system: You are a helpful assistant.
user:
Analyze the provided spectrum to determine if it is a **"Cataclysmic Variables (CV)"**.

- **Key Indicators for CV (Check for either state):**
    - **State 1: Quiescent / Low-State (Emission-Dominated)**
        - **(Primary):** Strong and *very broad* Hydrogen Balmer emission lines (e.g., $H\alpha$ at 6563 Å, $H\beta$ at 4861 Å). The 'broadness' (high velocity dispersion, often FWHM > 1000 km/s) is the key diagnostic, indicating a high-velocity accretion disk.
        - **(Secondary):** Broad neutral Helium (He I) emission lines (e.g., 5876 Å, 6678 Å).
        - **(Key Confirmation):** Presence of high-excitation *ionized* Helium (He II) emission at 4686 Å. This is a strong indicator of accretion onto a white dwarf.
        - **(Line Profile):** Emission lines may exhibit a 'double-peaked' profile, which is a classic signature of a rotating accretion disk viewed at high inclination.

    - **State 2: Outburst / High-State (Absorption-Dominated)**
        - **(Primary):** Spectrum is dominated by a bright, blue continuum (looks like a hot star).
        - **(Secondary):** The emission lines from State 1 are weak, absent, or 'filled in', and are replaced by broad, shallow *absorption* lines (primarily Balmer and He I).
        - **(Morphology):** The overall spectrum mimics a hot B/A-type star. The crucial difference is that the absorption lines are significantly broader, shallower, and more 'washed-out' (or 'smeared') than the sharp lines of a normal stellar photosphere, due to high rotational speeds and pressure broadening in the disk.

Think first, call **spectral_visualization_tool** if needed to examine features in detail, then provide your final answer. Your response must adhere to the following strict rules:
1.  **Overall Structure:** Your response must follow the format `<think>...</think> <tool_call>...</tool_call> (if a tool is used) <answer>...</answer>`.
2.  **Tool Usage Constraint:** You may only make **one** tool call per turn.
3.  **Final Answer Format:** In the `<answer>` tag, your conclusion must be inside a `\boxed{}` command (e.g., `\boxed{YES}`), followed by your justification.

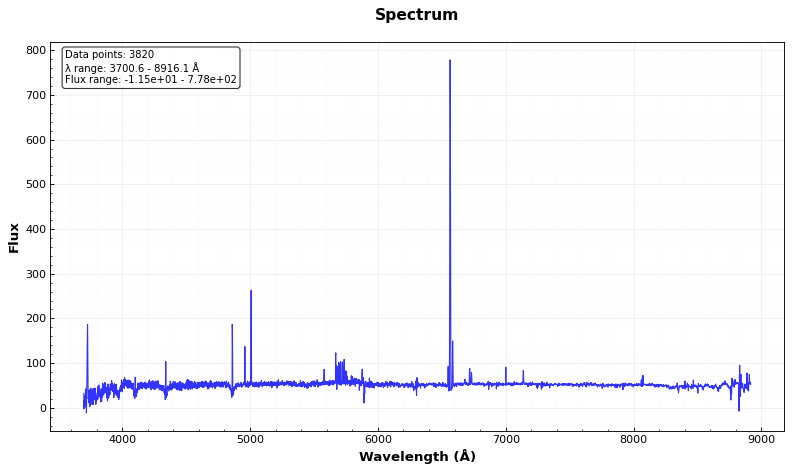
Answer: NO